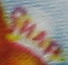
SNAP